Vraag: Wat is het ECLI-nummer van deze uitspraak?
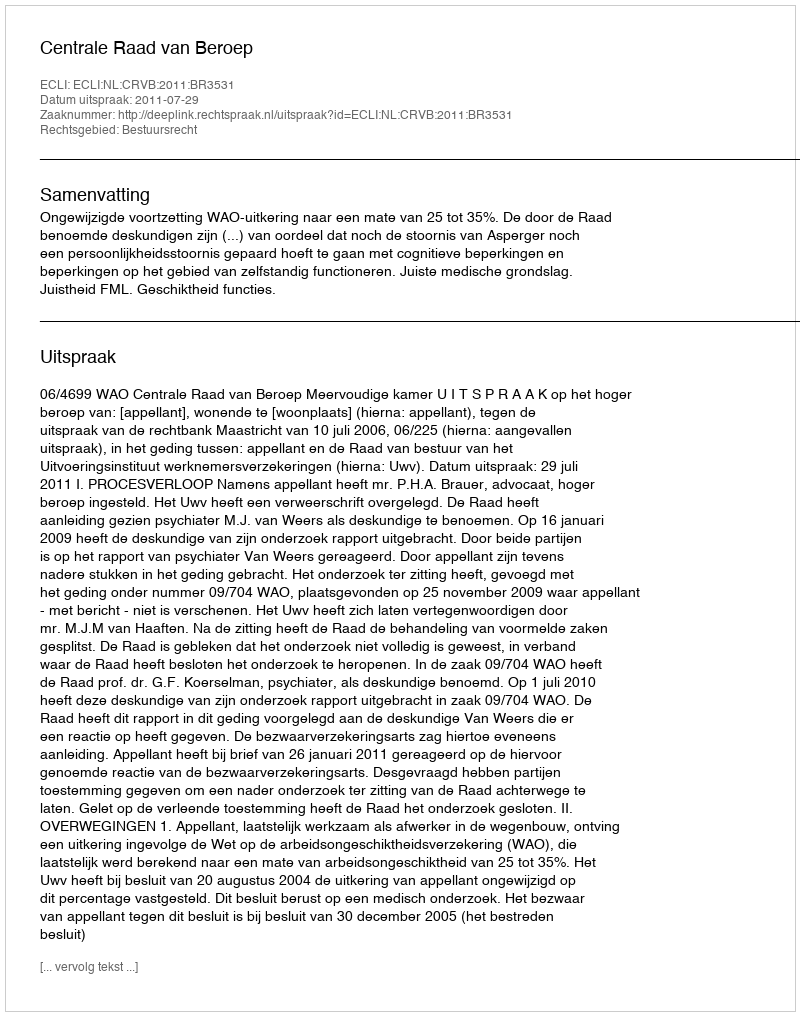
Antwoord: ECLI:NL:CRVB:2011:BR3531